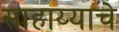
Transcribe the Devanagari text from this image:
साहाय्याचे